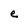
Character: e